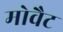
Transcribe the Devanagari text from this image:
मोवैट